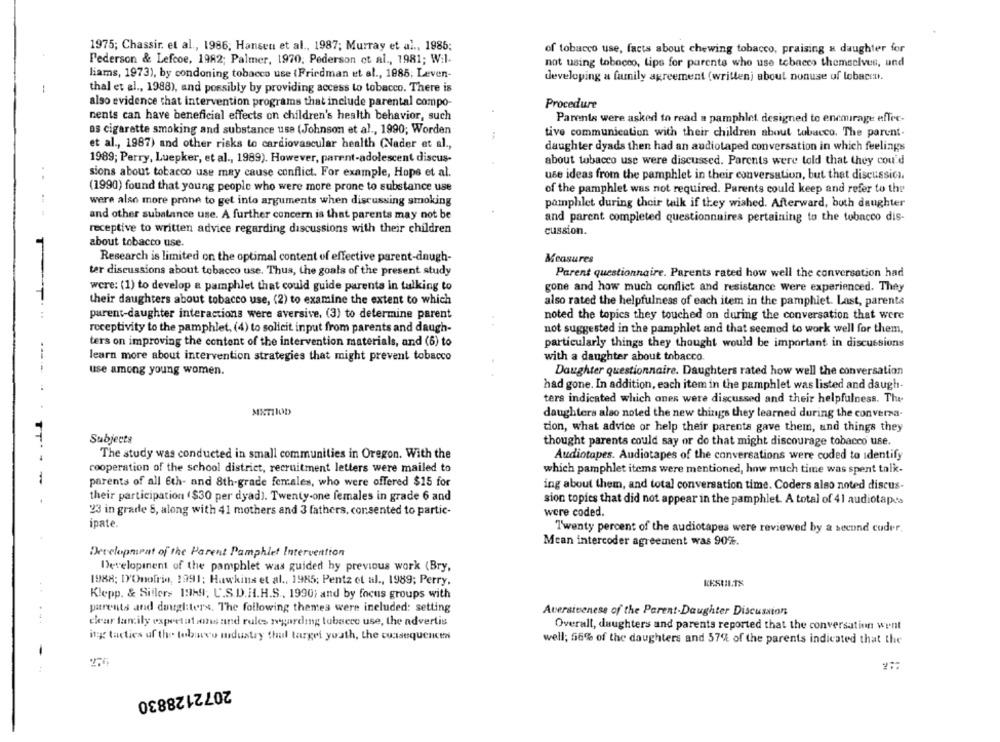
1975; Chassir. et al ., 1986; Hansen et al ., 1987; Murray et al ., 1985;
of tobacco use, facts about chewing tobacco, praising a daughter for
Pederson & Lefcoe, 1982; Palmer, 1970. Pederson et al ., 1981; Wil.
not using tobacco, tips for parents who use tobacco themselves, and
liams, 1973), by condoning tobacco use (Friedman et al ., 1985; Leven-
developing a family agreement (written) about nonuse of lobacon.
-
thal et al ., 1988), and possibly by providing access to tobacco. There is
also evidence that intervention programs that include parental compo-
Procedure
nents can have beneficial effects on children's health behavior, such
Parents were asked to read a pamphlet designed to encourage effec-
as cigarette smoking and substance use (Johnson et al ., 1990; Worden
tive communication with their children about tobacco. The parent-
et al ., 1987) and other risks to cardiovascular health (Nader et al .,
daughter dyads then had an audiotaped conversation in which feelings
1989; Perry, Luepker, et al ., 1989). However, parent-adolescent discus-
about tobacco use were discussed. Parents were told that they cou'd
sions about tobacco use may cause conflict. For example, Hops et al.
use ideas from the pamphlet in their conversation, but that discussich.
(1990) found that young people who were more prone to substance use
of the pamphlet was not required. Parents could keep and refer to the
were also more prone to get into arguments when discussing smoking
pamphlet during their talk if they wished. Afterward, both daughter
and other substance use. A further concern is that parents may not be
and parent completed questionnaires pertaining to the tobacco dis-
receptive to written advice regarding discussions with their children
cussion.
about tobacco use.
Research is limited on the optimal content of effective parent-dnugh-
Measures
ter discussions about tobacco use. Thus, the goals of the present study
Parent questionnaire. Parents rated how well the conversation had
were: (1) to develop a pamphlet that could guide parenta in talking to
gone and how much conflict and resistance were experienced. They
their daughters about tobacco use, (2) to examine the extent to which
also rated the helpfulness of each item in the pamphlet. Last, parents
parent-daughter interactions were aversive, (3) to determine parent
noted the topics they touched on during the conversation that were
receptivity to the pamphlet, (4) to solicit input from parents and daugh-
not suggested in the pamphlet and that seemed to work well for them,
ters on improving the content of the intervention materials, and (6) to
particularly things they thought would be important in discussions
learn more about intervention strategies that might prevent tobacco
with a daughter about tobacco.
use among young women.
Daughter questionnaire. Daughters rated how well the conversation
had gone. In addition, each item in the pamphlet was listed and daugh-
ters indicated which ones were discussed and their helpfulness. The
METHOD
daughters also noted the new things they learned during the conversa-
tion, what advice or help their parents gave them, and things they
Subjects
thought parents could say or do that might discourage tobacco use.
The study was conducted in small communities in Oregon. With the
Audiotapes. Audiotapes of the conversations were coded to identify
cooperation of the school district, recruitment letters were mailed to
which pamphlet items were mentioned, how much time was spent talk-
parents of all 6th- and 8th-grade females, who were offered $15 for
ing about them, and total conversation time. Coders also noted discus-
their participation ($30 per dyad). Twenty-one females in grade 6 and
sion topics that did not appear in the pamphlet. A total of 41 audiotapes
23 in grade 5, along with 41 mothers and 3 fathers, consented to partic-
were coded.
ipate.
Twenty percent of the audiotapes were reviewed by a second coder.
Mcan intercoder agreement was 90%.
Development of the Parent Pamphlet Intervention
Development of the pamphlet was guided by previous work (Bry,
1988; 1'Onofrio, 1991; Hawkins et al ., 1985; Pentz et al ., 1989; Perry.
..
Klepp. & Sillers 1969; U.S.D.H.H.S ., 1990; and by focus groups with
parents and dougliters. The following themes were included: setting
Aversiveness of the Parent-Daughter Discussion
clear family expectations and rules regarding tobacco use, the advertis
Overall, daughters and parents reported that the conversation went
ing tactics uf the tolavo midustry thul largei youth, the cutsequence
well; 56% of the daughters and 57% of the parents indicated that the
-
2072128830